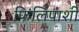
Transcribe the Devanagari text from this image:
फिलिपाशी